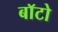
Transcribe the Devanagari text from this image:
बाॅटो